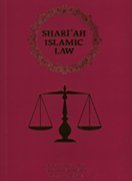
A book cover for Shariah: Islamic Law; ABD AR-RAHMAN I.DOI; Religion & Spirituality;